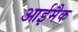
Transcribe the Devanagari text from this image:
आईमैक